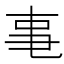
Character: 𪜃